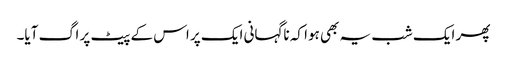
پھر ایک شب یہ بھی ہوا کہ ناگہانی ایک پر اس کے پیٹ پر اگ آیا۔